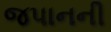
જપાનની